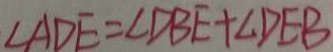
\angle A D E = \angle D B E + \angle D E B